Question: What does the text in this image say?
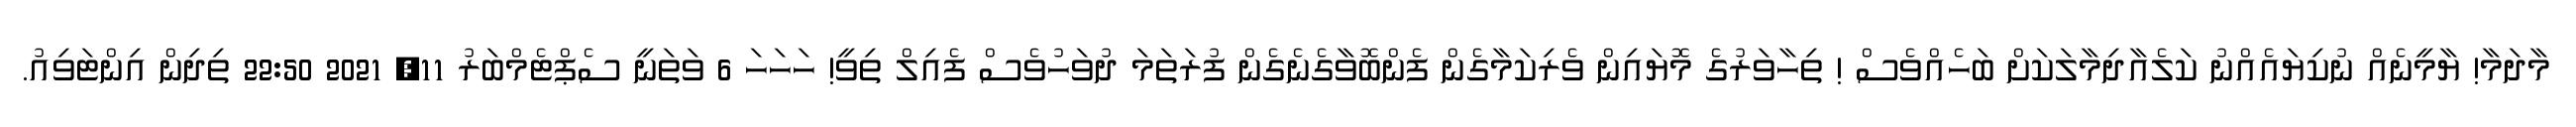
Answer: މާދަމާ! ޔާމީނެއް ނުކިޔައެއްނު ކަލެއާދިމާލަކަށް ބަހެއްވެސް ! ތިހާވަރުގެ މޮޔައިން ވެރިކަމާގެން ފެންބޮވާގެނެގެން ފުރަތަމަ ދުވަހުވެސް ފެއިލް ތިވީ! ހަހަހަ 6 ވަތަނީ ސެޕްޓެމްބަރު 11, 2021 22:50 ތިދިން އިންޓަވިއު.